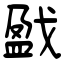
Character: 戤